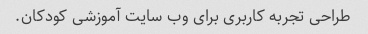
طراحی تجربه کاربری برای وب سایت آموزشی کودکان.